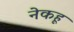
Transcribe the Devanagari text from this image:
नेकहू